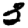
Digit: 3